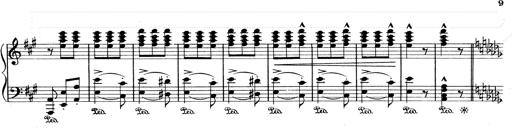
Title: Mephisto Waltz No.1
Composer: Franz Liszt